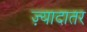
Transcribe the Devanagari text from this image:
ज्‍़यादातर